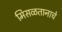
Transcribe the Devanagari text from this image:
मिसळतानाचे